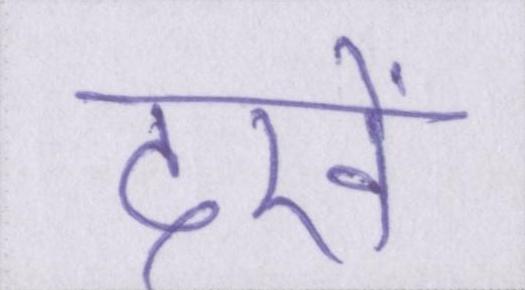
देखें